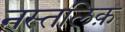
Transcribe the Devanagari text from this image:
नस्तलिक़